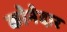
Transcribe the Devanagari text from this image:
कोनेदार